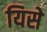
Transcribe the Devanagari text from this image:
यिसे